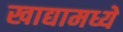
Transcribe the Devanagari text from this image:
खाद्यामध्ये